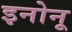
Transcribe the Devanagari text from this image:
इनोनू